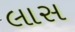
લાસ